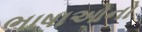
ભાષાઓનો